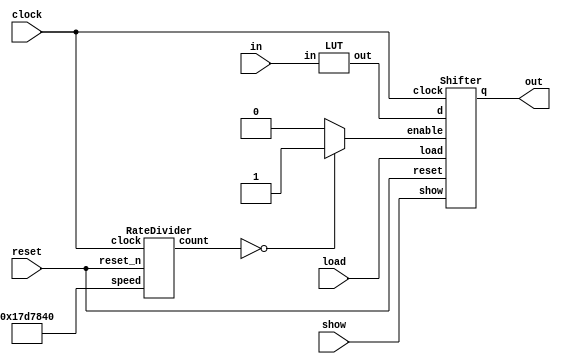
module MorseCodeDecoder(clock, in, load, show, reset, out);
    input clock;
	 input[4:0] in;
	 input load, show, reset;
	 output out;
	 wire pulse;
	 wire[30:0] cycle;
	 wire[30:0] wire0;
	 wire[13:0] wire1;
	 assign cycle = 25000000;
	 
	 RateDivider r0(.speed(cycle), .clock(clock), .reset_n(reset), .count(wire0));
	 assign pulse = (wire0 == 0) ? 1 : 0;
	 LUT l0(.in(in), .out(wire1));
	 Shifter s0(.clock(clock), .enable(pulse), .load(load), .show(show), .reset(reset), .d(wire1), .q(out));
endmodule

module LUT(in, out);
    input[4:0] in;
    output reg [13:0] out;

    always @(*)
    begin
        case(in)
            5'b00000: out = 14'b10111000000000; //A
            5'b00001: out = 14'b11101010100000; //B
            5'b00010: out = 14'b11101011101000; //C
            5'b00011: out = 14'b11101010000000; //D
            5'b00100: out = 14'b10000000000000; //E
            5'b00101: out = 14'b10101110100000; //F
            5'b00110: out = 14'b11101110100000; //G
            5'b00111: out = 14'b10101010000000; //H
            5'b01000: out = 14'b10100000000000; //I
			   5'b01001: out = 14'b10111011101110; //J
			   5'b01010: out = 14'b11101011100000; //K
			   5'b01011: out = 14'b10111010100000; //L
			   5'b01100: out = 14'b11101110000000; //M
			   5'b01101: out = 14'b11101000000000; //N
			   5'b01110: out = 14'b11101110111000; //O
			   5'b01111: out = 14'b10111011101000; //P
			   5'b10000: out = 14'b11101110101110; //Q
			   5'b10001: out = 14'b10111010000000; //R
			   5'b10010: out = 14'b10101000000000; //S
			   5'b10011: out = 14'b11100000000000; //T
			   5'b10100: out = 14'b10101110000000; //U
			   5'b10101: out = 14'b10101011100000; //V
			   5'b10110: out = 14'b10111011100000; //W
			   5'b10111: out = 14'b11101010111000; //X
			   5'b11000: out = 14'b11101011101110; //Y
			   5'b11001: out = 14'b11101110101000; //Z
			   default: out = 14'b00000000000000;
        endcase
    end
    
endmodule

module RateDivider(speed, clock, reset_n, count);
    input[30:0] speed;
	 input clock, reset_n;
    output reg[30:0] count;
	 
	 always @(posedge clock)
    begin
        if (reset_n == 1'b0)
            count <= speed - 1'b1;
        else
            begin
                if (count == 0)
                    count <= speed - 1'b1;
                else
                    count <= count - 1'b1;
				end
    end
endmodule

module Shifter(clock, enable, load, show, reset, d, q);
    input clock, enable, show, load, reset;
    input [13:0] d;
    output q;
	 reg [153:0] message;
    reg [153:0] code;

	 always @(posedge load)
	     begin
			  message[13:0] = d;
			  message = message << 14;
		  end
    always @(posedge clock)
    begin
        if (reset == 1'b0)
            code = 0;
        else if (show == 1'b1)
            code = message;
        else if (enable == 1'b1)
            code = code << 1;
    end

    assign q = code[153];

endmodule